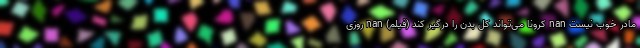
مادر خوب نیست nan کرونا می‌تواند کل بدن را درگیر کند (فیلم) nan روزی